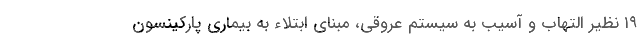
۱۹ نظیر التهاب و آسیب به سیستم عروقی، مبنای ابتلاء به بیماری پارکینسون